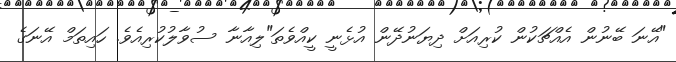
"އޭނަ ބޭނުން އެއްޗަކުން ކުރިއަށް ދިޔަނުދޭން އުޅެނީ ކީއްވެތަ"ލިއާނާ ސުވާލުކުރިއެވެ. ހައިތަމް އޭނަގެ